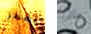
تضطر ماذا